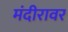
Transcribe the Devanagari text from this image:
मंदीरावर